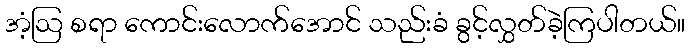
အံ့ဩ စရာ ကောင်းလောက်အောင် သည်းခံ ခွင့်လွှတ်ခဲ့ကြပါတယ်။